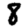
Digit: 8